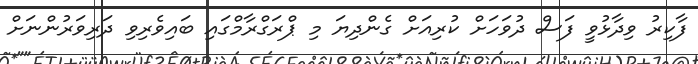
ފާކިރު ވިދާޅުވީ ފަސް ދުވަހަށް ކުރިއަށް ގެންދިޔަ މި ޕްރަގްރާމްގައި ބައިވެރިވި ދަރިވަރުންނަށް